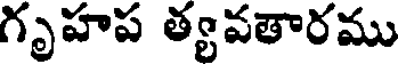
గృహప త్యవతారము